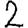
Digit: 2